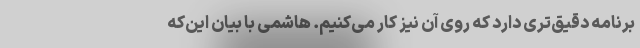
برنامه دقیق‌تری دارد که روی آن نیز کار می‌کنیم. هاشمی با بیان این‌که